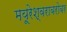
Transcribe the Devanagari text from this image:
मयूरेश्वराबरोबर